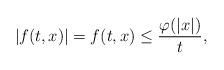
LaTeX: \begin{align*}| f(t,x) |=f(t,x) \le \dfrac{\varphi(|x|)}{t},\end{align*}